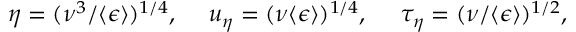
\eta = ( \nu ^ { 3 } / \langle \epsilon \rangle ) ^ { 1 / 4 } , \quad \; u _ { \eta } = ( \nu \langle \epsilon \rangle ) ^ { 1 / 4 } , \quad \; \tau _ { \eta } = ( \nu / \langle \epsilon \rangle ) ^ { 1 / 2 } ,